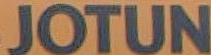
JOTUN